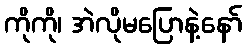
ကိုကို၊ အဲလိုမပြောနဲ့နော်